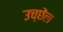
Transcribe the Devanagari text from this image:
उच्छेंल